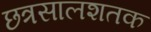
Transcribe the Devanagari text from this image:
छत्रसालशतक